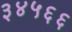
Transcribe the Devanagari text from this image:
३४५६६